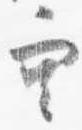
空